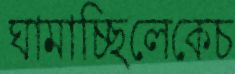
ঘামাচ্ছিলেকেচ